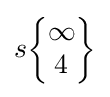
s{\begin{Bmatrix}\infty \\4\end{Bmatrix}}